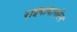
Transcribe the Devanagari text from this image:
राइबावाएरिन